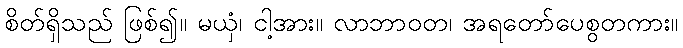
စိတ်ရှိသည် ဖြစ်၍။ မယှံ၊ ငါ့အား။ လာဘာဝတ၊ အရတော်ပေစွတကား။